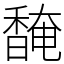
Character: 馣